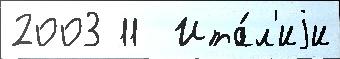
2003 11  Ита́л'иjи